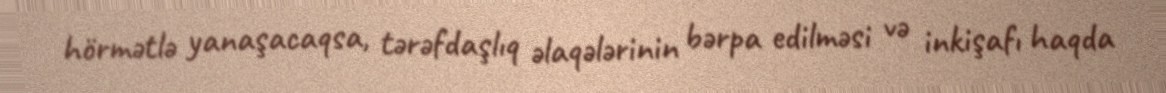
hörmətlə yanaşacaqsa, tərəfdaşlıq əlaqələrinin bərpa edilməsi və inkişafı haqda